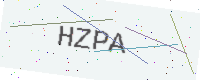
Text: HZPA